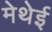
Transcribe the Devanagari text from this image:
मेथेई